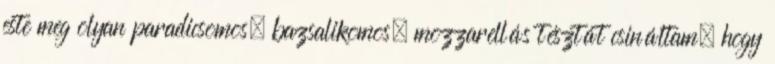
este meg olyan paradicsomos, bazsalikomos, mozzarellás tésztát csináltam, hogy